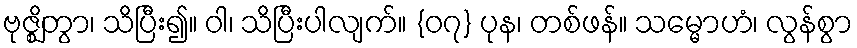
ဗုဇ္ဈိတွာ၊ သိပြီး၍။ ဝါ၊ သိပြီးပါလျက်။ {၀၇} ပုန၊ တစ်ဖန်။ သမ္မောဟံ၊ လွန်စွာ